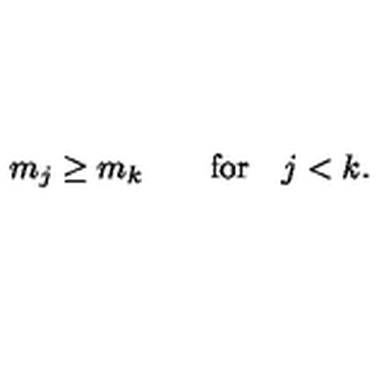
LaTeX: m _ { j } \geq m _ { k } \qquad \mathrm { f o r } \quad j < k .